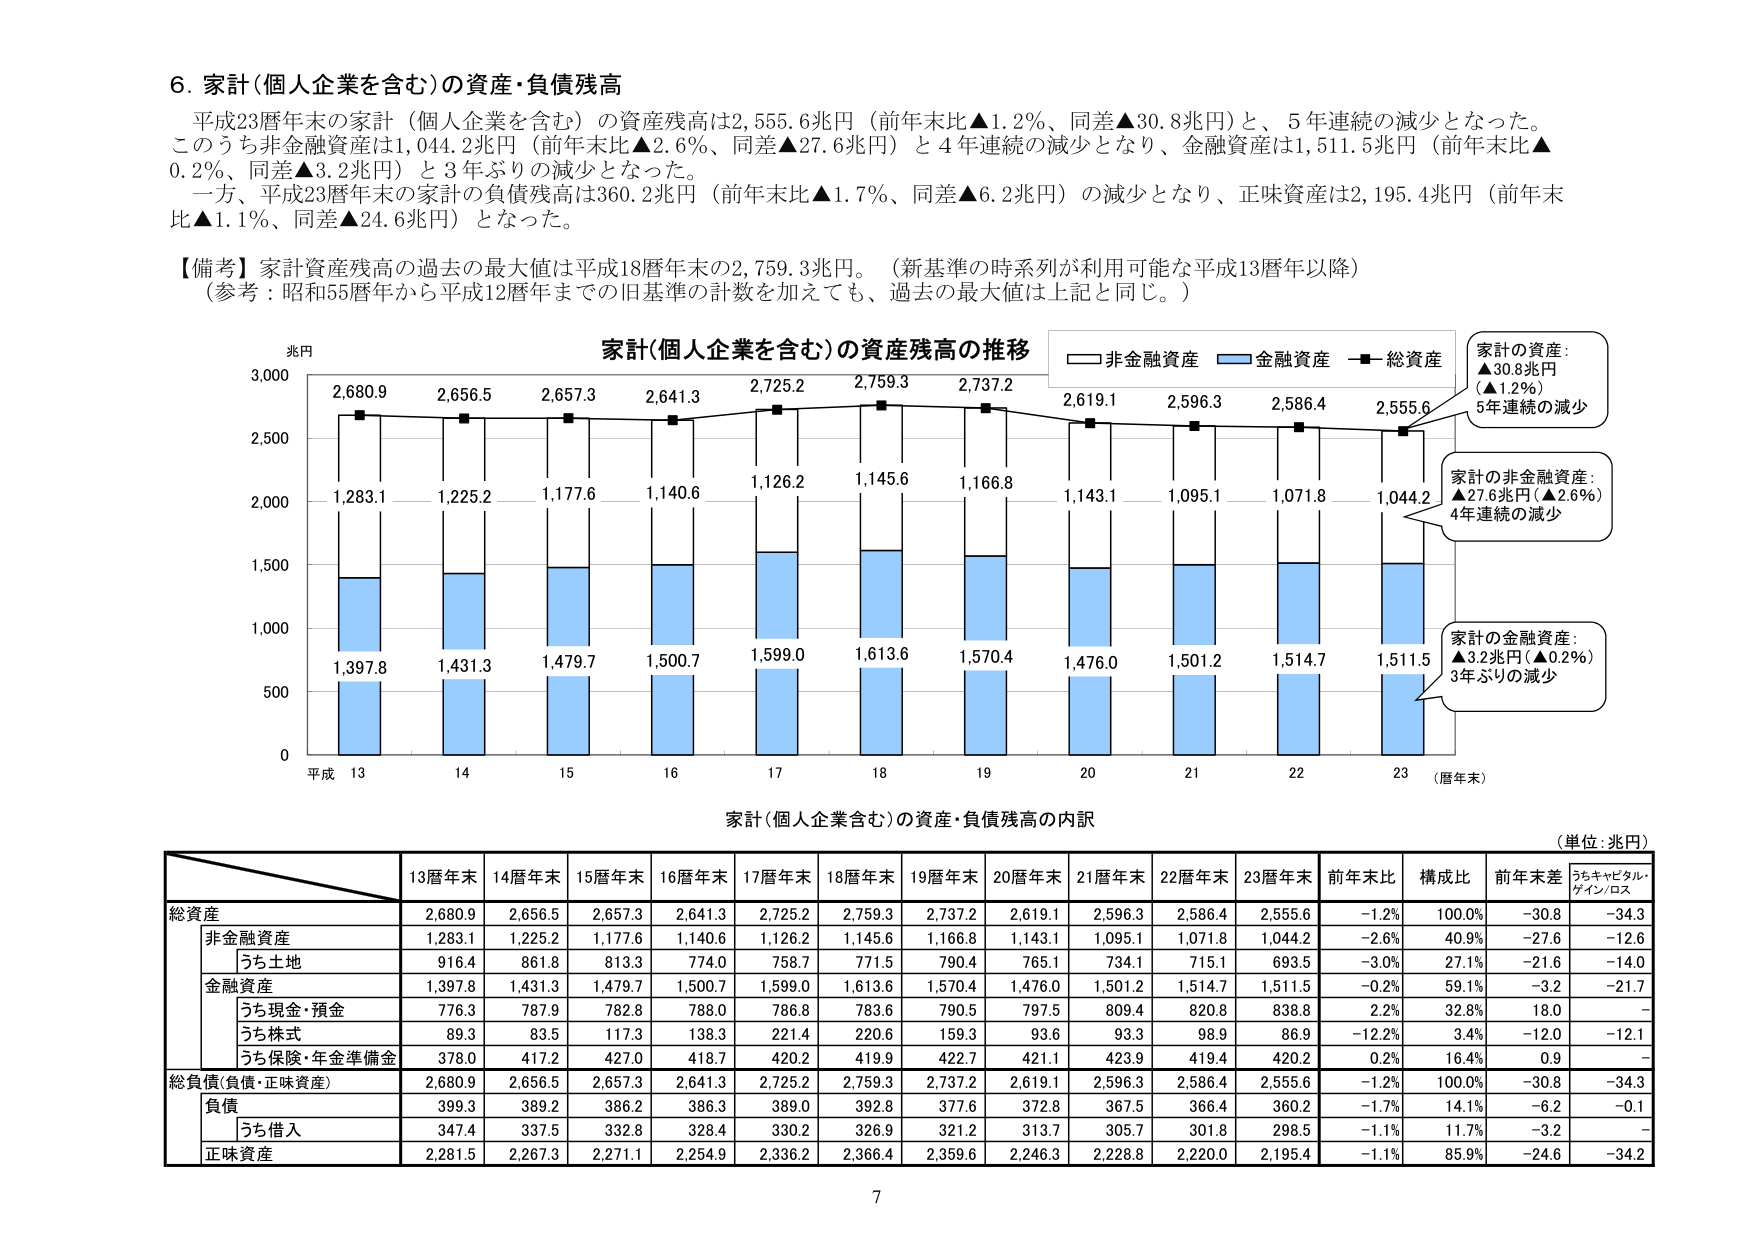
6. 家計（個人企業を含む）の資産・負債残高
平成23暦年末の家計（個人企業を含む）の資産残高は2,555.6兆円（前年末比▲1.2％、同差▲30.8兆円）と、5年連続の減少となった。
このうち非金融資産は1,044.2兆円（前年末比▲2.6％、同差▲27.6兆円）と4年連続の減少となり、金融資産は1,511.5兆円（前年末比▲0.2％、同差▲3.2兆円）と3年ぶりの減少となった。
一方、平成23暦年末の家計の負債残高は360.2兆円（前年末比▲1.7％、同差▲6.2兆円）の減少となり、正味資産は2,195.4兆円（前年末比▲1.1％、同差▲24.6兆円）となった。

【備考】家計資産残高の過去の最大値は平成18暦年末の2,759.3兆円。（新基準の時系列が利用可能な平成13暦年以降）
（参考：昭和55暦年から平成12暦年までの旧基準の計数を加えても、過去の最大値は上記と同じ。）

家計（個人企業を含む）の資産残高の推移
兆円
2,680.9  2,656.5  2,657.3  2,641.3  2,725.2  2,759.3  2,737.2  2,619.1  2,596.3  2,586.4  2,555.6
1,283.1  1,225.2  1,177.6  1,140.6  1,126.2  1,145.6  1,166.8  1,143.1  1,095.1  1,071.8  1,044.2
1,397.8  1,431.3  1,479.7  1,500.7  1,599.0  1,613.6  1,570.4  1,476.0  1,501.2  1,514.7  1,511.5
0
500
1,000
1,500
2,000
2,500
3,000
平成 13  14  15  16  17  18  19  20  21  22  23 （暦年末）
□ 非金融資産  ■ 金融資産  ■ 総資産
家計の資産：
▲30.8兆円
（▲1.2％）
5年連続の減少
家計の非金融資産：
▲27.6兆円（▲2.6％）
4年連続の減少
家計の金融資産：
▲3.2兆円（▲0.2％）
3年ぶりの減少

家計（個人企業含む）の資産・負債残高の内訳
（単位：兆円）
13暦年末  14暦年末  15暦年末  16暦年末  17暦年末  18暦年末  19暦年末  20暦年末  21暦年末  22暦年末  23暦年末  前年末比  構成比  前年末差  うちキャピタル・ゲイン/ロス
総資産
2,680.9  2,656.5  2,657.3  2,641.3  2,725.2  2,759.3  2,737.2  2,619.1  2,596.3  2,586.4  2,555.6  -1.2%  100.0%  -30.8  -34.3
非金融資産
1,283.1  1,225.2  1,177.6  1,140.6  1,126.2  1,145.6  1,166.8  1,143.1  1,095.1  1,071.8  1,044.2  -2.6%  40.9%  -27.6  -12.6
うち土地
916.4  861.8  813.3  774.0  758.7  771.5  790.4  765.1  734.1  715.1  693.5  -3.0%  27.1%  -21.6  -14.0
金融資産
1,397.8  1,431.3  1,479.7  1,500.7  1,599.0  1,613.6  1,570.4  1,476.0  1,501.2  1,514.7  1,511.5  -0.2%  59.1%  -3.2  -21.7
うち現金・預金
776.3  787.9  782.8  788.0  786.8  783.6  790.5  797.5  809.4  820.8  838.8  2.2%  32.8%  18.0  -
うち株式
89.3  83.5  117.3  138.3  221.4  220.6  159.3  93.6  93.3  98.9  86.9  -12.2%  3.4%  -12.0  -12.1
うち保険・年金準備金
378.0  417.2  427.0  418.7  420.2  419.9  422.7  421.1  423.9  419.4  420.2  0.2%  16.4%  0.9  -
総負債（負債・正味資産）
2,680.9  2,656.5  2,657.3  2,641.3  2,725.2  2,759.3  2,737.2  2,619.1  2,596.3  2,586.4  2,555.6  -1.2%  100.0%  -30.8  -34.3
負債
399.3  389.2  386.2  386.3  389.0  392.8  377.6  372.8  367.5  366.4  360.2  -1.7%  14.1%  -6.2  -0.1
うち借入
347.4  337.5  332.8  328.4  330.2  326.9  321.2  313.7  305.7  301.8  298.5  -1.1%  11.7%  -3.2  -
正味資産
2,281.5  2,267.3  2,271.1  2,254.9  2,336.2  2,366.4  2,359.6  2,246.3  2,228.8  2,220.0  2,195.4  -1.1%  85.9%  -24.6  -34.2

7